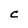
Character: C